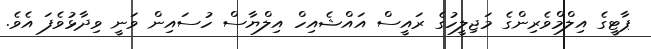
ޕާޓީގެ އިލްމްވެރިންގެ މަޖިލީހުގެ ރައީސް އައްޝެއިހް އިލްޔާސް ހުސައިން ވަނީ ވިދާޅުވެފަ އެވެ.